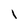
Character: i